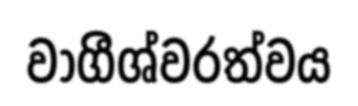
වාගීශ්වරත්වය